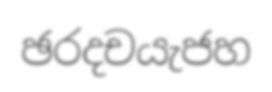
ඡරදචයැජහ